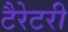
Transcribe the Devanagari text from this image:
टैरेटरी